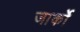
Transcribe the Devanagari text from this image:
जार्को